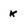
Character: k